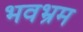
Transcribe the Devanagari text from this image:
भवभ्रम